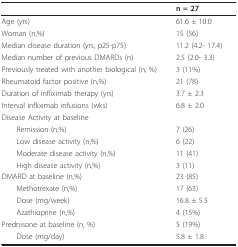
<table><thead><tr><td></td><td><b>n = 27</b></td></tr></thead><tbody><tr><td>Age (yrs)</td><td>61.6 ± 10.0</td></tr><tr><td>Woman (n,%)</td><td>15 (56)</td></tr><tr><td>Median disease duration (yrs, p25-p75)</td><td>11.2 (4.2- 17.4)</td></tr><tr><td>Median number of previous DMARDs (n)</td><td>2.5 (2.0- 3.3)</td></tr><tr><td>Previously treated with another biological (n, %)</td><td>3 (11%)</td></tr><tr><td>Rheumatoid factor positive (n,%)</td><td>21 (78)</td></tr><tr><td>Duration of infliximab therapy (yrs)</td><td>3.7 ± 2.3</td></tr><tr><td>Interval infliximab infusions (wks)</td><td>6.8 ± 2.0</td></tr><tr><td>Disease Activity at baseline</td><td></td></tr><tr><td> Remission (n,%)</td><td>7 (26)</td></tr><tr><td> Low disease activity (n,%)</td><td>6 (22)</td></tr><tr><td> Moderate disease activity (n,%)</td><td>11 (41)</td></tr><tr><td> High disease activity (n,%)</td><td>3 (11)</td></tr><tr><td>DMARD at baseline (n,%)</td><td>23 (85)</td></tr><tr><td> Methotrexate (n,%)</td><td>17 (63)</td></tr><tr><td> Dose (mg/week)</td><td>16.8 ± 5.5</td></tr><tr><td> Azathioprine (n,%)</td><td>4 (15%)</td></tr><tr><td>Prednisone at baseline (n, %)</td><td>5 (19%)</td></tr><tr><td> Dose (mg/day)</td><td>5.8 ± 1.8</td></tr></tbody></table>